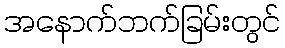
အနောက်ဘက်ခြမ်းတွင်